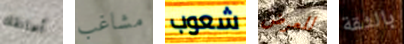
أعانقك مشاغب شعوب للعرض بالثقة